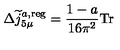
\Delta \widetilde { j } _ { 5 \mu } ^ { a , \mathrm { r e g } } = \frac { 1 - a } { 1 6 \pi ^ { 2 } } \mathrm { T r }